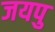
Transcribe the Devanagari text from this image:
जयपु